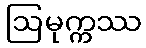
ဩမုက္ကဿ